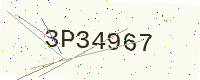
Text: 3P34967